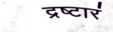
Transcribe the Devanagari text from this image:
द्रष्टारं